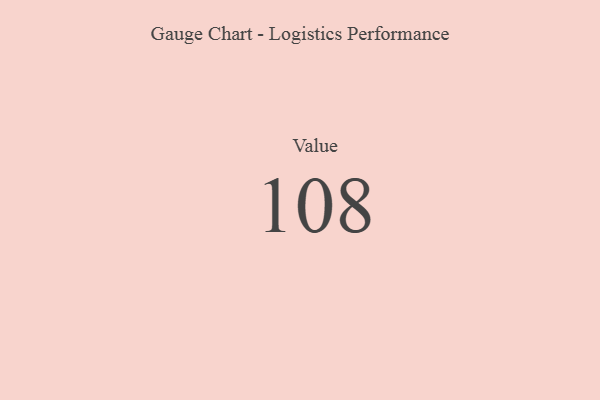
{"axis": {"x": "Metric", "y": "Value"}, "legend": [""], "data": [{"x": "Value", "y": 108, "type": ""}]}